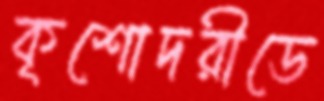
কৃশোদরীডে